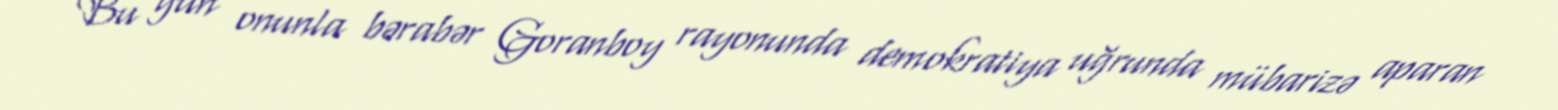
Bu gün onunla bərabər Goranboy rayonunda demokratiya uğrunda mübarizə aparan